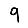
Digit: 9